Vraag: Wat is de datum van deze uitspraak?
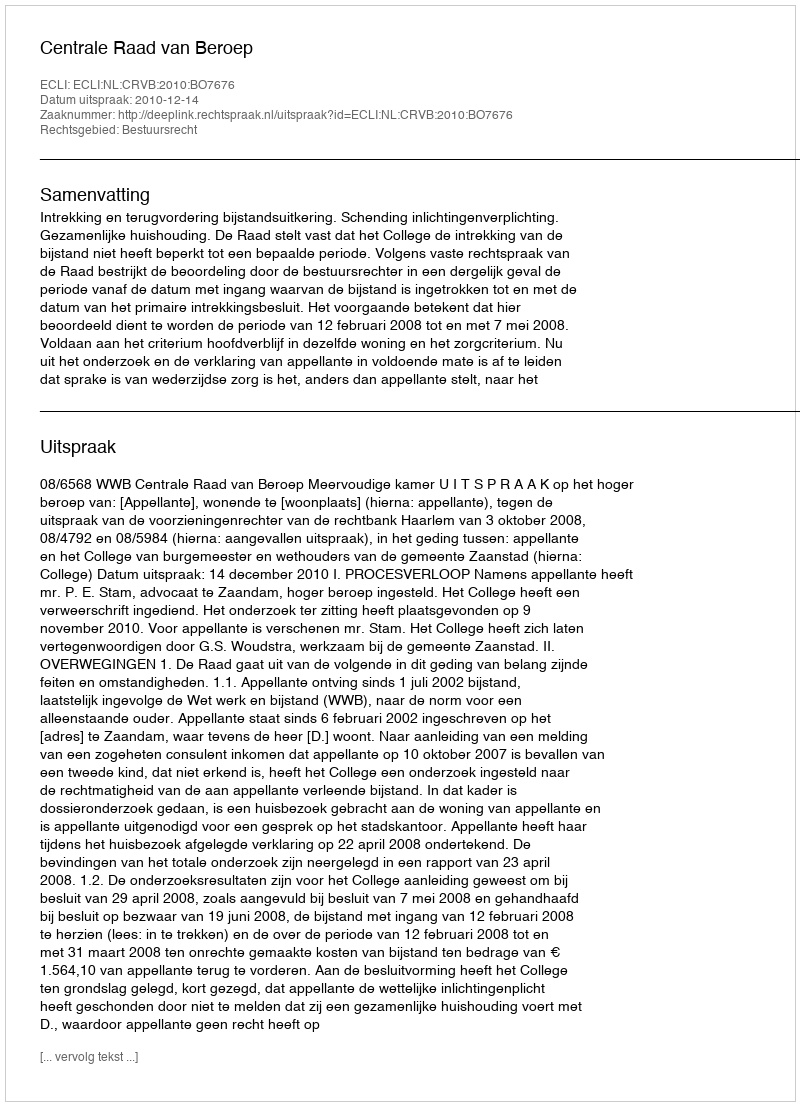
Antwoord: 2010-12-14